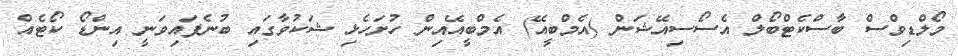
މޯލްޑިވްސް ބާސްކެޓްބޯލް އެސޯސިއޭޝަން (އެމްބީއޭ) އެމްބީއޭއިން ހުށަހެޅި ޝަކުވާގައި ބުނެފައިވަނީ އިންޑޯ ކޯޓެއް